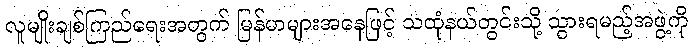
လူမျိုးချစ်ကြည်ရေးအတွက် မြန်မာများအနေဖြင့် သထုံနယ်တွင်းသို့ သွားရမည့်အဖွဲ့ကို